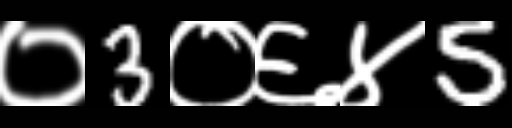
Text: ०3०६४5